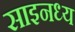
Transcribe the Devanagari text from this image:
साइनध्य